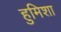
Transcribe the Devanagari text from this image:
हुमिशा